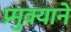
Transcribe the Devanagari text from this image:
प्र्मुक्याने